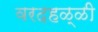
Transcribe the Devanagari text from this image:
वरदहळ्ळी